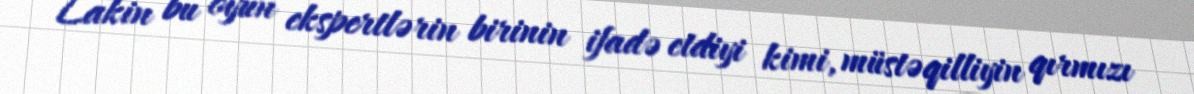
Lakin bu oyun ekspertlərin birinin ifadə etdiyi kimi, müstəqilliyin qırmızı